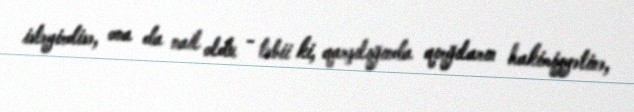
istəyirdisə, ona da nail oldu - təbii ki, qarşılığında qırğıların hakimiyyətinə,